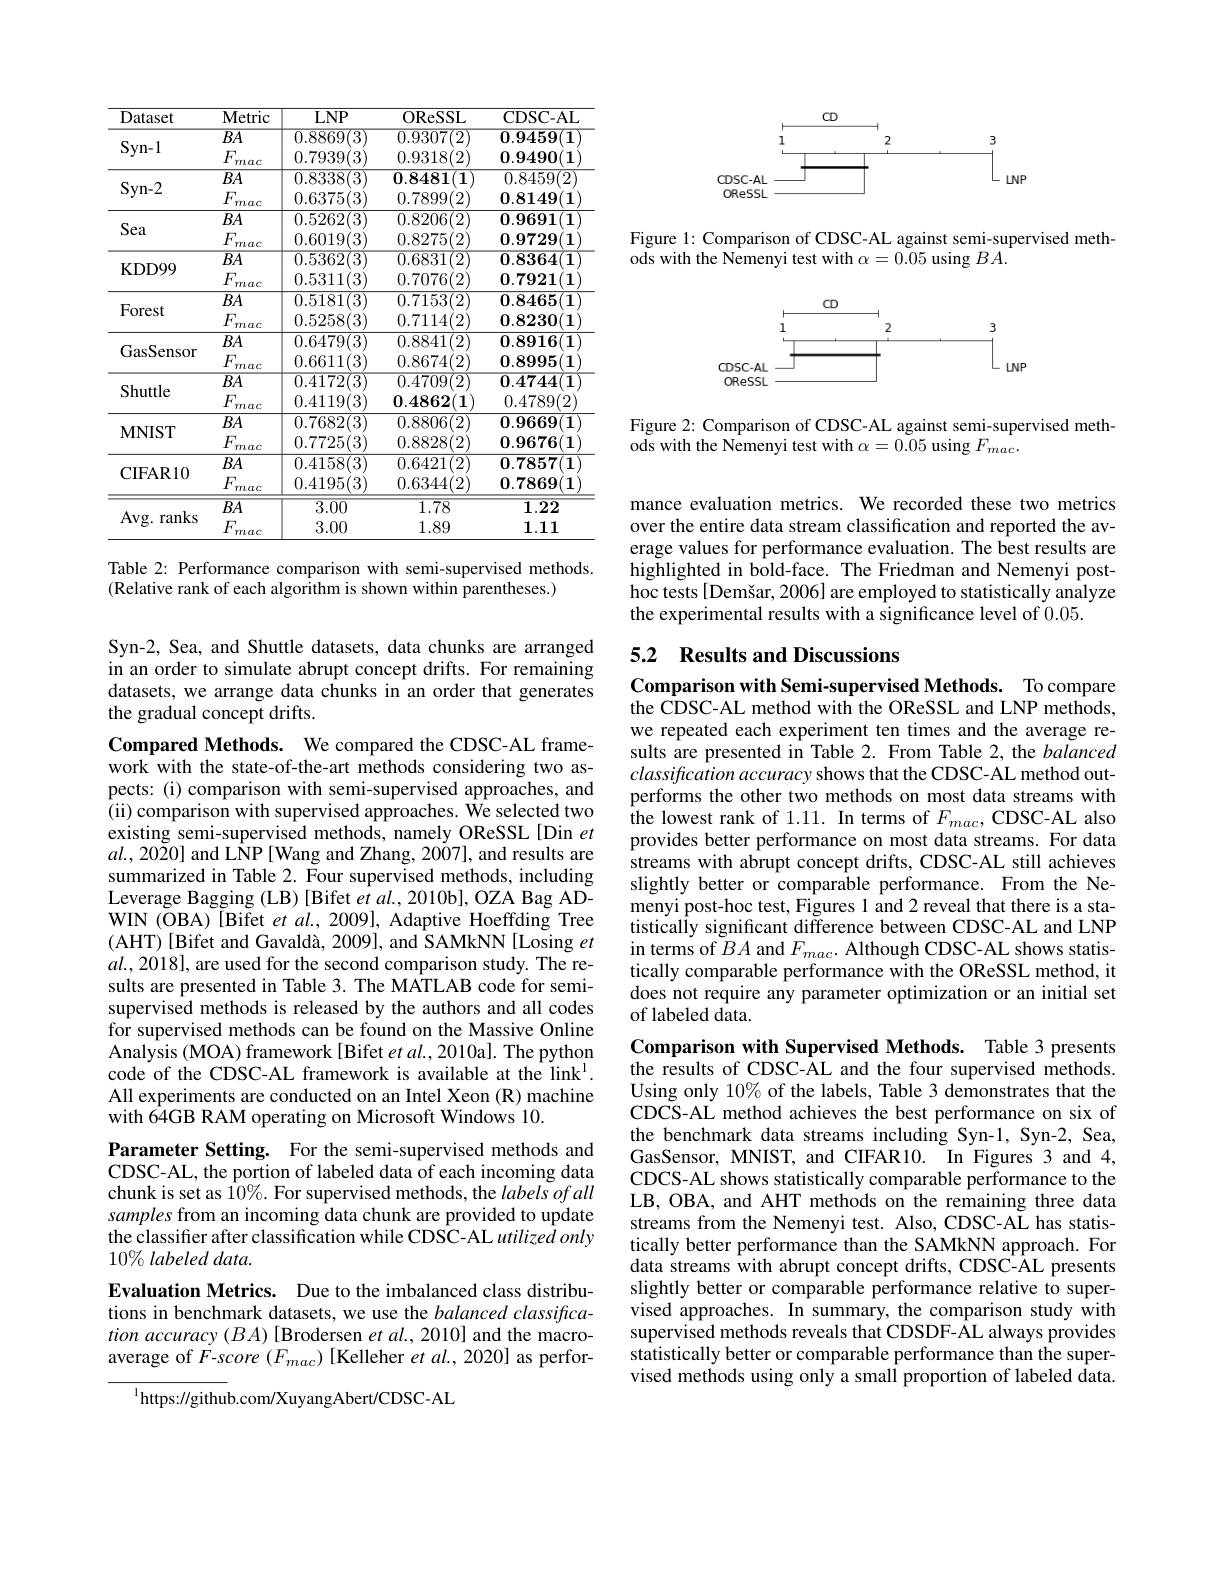
<table>
	<tbody>
		<tr>
			<th>Dataset</th>
			<th>Metric</th>
			<th>$LNP$</th>
			<th>OReSSL</th>
			<th>CDSC- AL</th>
		</tr>
		<tr>
			<td rowspan="3">$Syn-1$</td>
			<td>$\overline{BA}$</td>
			<td>$\overline{0.8869(3)}$</td>
			<td>0.9307(2)</td>
			<td>$\mathbf{0.9459(1}$</td>
		</tr>
		<tr>
			<td>$\overline{BA}$ $F_{mac}$</td>
			<td>$\overline{0.8869(3)}$ 0.7939(3)</td>
			<td>$\overline{0.9307(2)}$ 0.9318(2)</td>
			<td>$\mathbf{0.9459(1}$ $\mathbf{0}.9490(\mathbf{1}$</td>
		</tr>
		<tr>
			<td>$F$ mac</td>
			<td>0.7939(3)</td>
			<td>0.9318(2)</td>
			<td>0.9490(1</td>
		</tr>
		<tr>
			<td rowspan="2">$Syn-2$</td>
			<td>$\overline{BA}$</td>
			<td>0.8338(3)</td>
			<td>$\mathbf{0}.\boldsymbol{8}4\boldsymbol{8}1(1)$</td>
			<td>0.8459(2)</td>
		</tr>
		<tr>
			<td>$F$ mac</td>
			<td>0.6375(3)</td>
			<td>0.7899(2)</td>
			<td>$\mathbf{0.8149(1}$</td>
		</tr>
		<tr>
			<td rowspan="2">Sea</td>
			<td>$BA$</td>
			<td>0.5262(3)</td>
			<td>0.8206(2)</td>
			<td>$\mathbf{0.9691(1}$</td>
		</tr>
		<tr>
			<td>$F$ mac</td>
			<td>0.6019(3)</td>
			<td>0.8275(2)</td>
			<td>0.9729(1</td>
		</tr>
		<tr>
			<td rowspan="2">KDD99</td>
			<td>$\overline{BA}$</td>
			<td>$\overline{0.5362(3}$</td>
			<td>$\overline{0.6831(2)}$</td>
			<td>$\mathbf{0.8364(1}$</td>
		</tr>
		<tr>
			<td>$F$ mac</td>
			<td>0.5311(3)</td>
			<td>0.7076(2)</td>
			<td>0.7921(1</td>
		</tr>
		<tr>
			<td rowspan="2">Forest</td>
			<td>$BA$</td>
			<td>0.5181(3)</td>
			<td>0.7153(2)</td>
			<td>$\mathbf{0.8465}(\mathbf{1}$</td>
		</tr>
		<tr>
			<td>$F_{1}$ mac</td>
			<td>0.5258(3)</td>
			<td>0.7114(2)</td>
			<td>0.8230(1</td>
		</tr>
		<tr>
			<td rowspan="2">GasSensor</td>
			<td>$BA$</td>
			<td>0.6479(3)</td>
			<td>0.8841(2)</td>
			<td>$\mathbf{0.8916(1}$</td>
		</tr>
		<tr>
			<td>$F_{r}$ mac</td>
			<td>0.6611(3)</td>
			<td>0.8674(2)</td>
			<td>$\mathbf{0}.8995$ 5(1</td>
		</tr>
		<tr>
			<td rowspan="2">Shuttle</td>
			<td>$\overline{BA}$</td>
			<td>$\overline{0.4172(3)}$</td>
			<td>$\overline{0.4709(2)}$</td>
			<td>$\overline{\mathbf{0}.4744(1)}$</td>
		</tr>
		<tr>
			<td>$F_{r}$ mac</td>
			<td>0.4119(3)</td>
			<td>0.4862(1)</td>
			<td>0.4789(2)</td>
		</tr>
		<tr>
			<td rowspan="2">$\mathbf{MNIST}$</td>
			<td>$BA$</td>
			<td>0.7682(3)</td>
			<td>0.8806(2)</td>
			<td>0.9669(1</td>
		</tr>
		<tr>
			<td>$F_{r}$ mac</td>
			<td>0.7725(3)</td>
			<td>0.8828(2)</td>
			<td>$\mathbf{0}.9676(\mathbf{1}$</td>
		</tr>
		<tr>
			<td rowspan="2">CIFAR10</td>
			<td>$BA$</td>
			<td>0.4158(3)</td>
			<td>0.6421(2)</td>
			<td>0.7857(1</td>
		</tr>
		<tr>
			<td>$F_{r}$ mac</td>
			<td>0.4195(3)</td>
			<td>0.6344(2)</td>
			<td>$\mathbf{0.7869(1}$</td>
		</tr>
		<tr>
			<td rowspan="2">Avg. ranks</td>
			<td>$\overline{BA}$</td>
			<td>$\overline{3.00}$</td>
			<td>$\overline{1.78}$</td>
			<td>$\overline{1.22}$</td>
		</tr>
		<tr>
			<td>$F_{1}$ mac</td>
			<td>3.00</td>
			<td>1.89</td>
			<td>1.11</td>
		</tr>
	</tbody>
</table>

Table 2: Performance comparison with semi-supervised methods.
(Relative rank of each algorithm is shown within parentheses.)

Syn-2, Sea, and Shuttle datasets, data chunks are arranged in an order to simulate abrupt concept drifts. For remaining datasets, we arrange data chunks in an order that generates the gradual concept drifts.

Compared Methods. We compared the CDSC-AL framework with the state-of-the-art methods considering two aspects: (i) comparison with semi-supervised approaches, and (ii) comparison with supervised approaches. We selected two existing semi-supervised methods, namely OReSSL[Din $et$ $al.,2020]$ and LNP[Wang and Zhang, 2007], and results are summarized in Table 2. Four supervised methods, including Leverage Bagging (LB) [Bifet et al., 2010b], OZA Bag ADWIN (OBA) [Bifet et al., 2009], Adaptive Hoeffding Tree (AHT)[Bifet and Gavaldà, 2009], and SAMkNN[Losing $et$ $al.,2018]$, are used for the second comparison study. The results are presented in Table 3. The MATLAB code for semisupervised methods is released by the authors and all codes for supervised methods can be found on the Massive Online Analysis (MOA) framework [Bifet et al., 2010a]. The python code of the CDSC-AL framework is available at the link$^{1}.$ All experiments are conducted on an Intel Xeon (R) machine with 64GB RAM operating on Microsoft Windows 10.

Parameter Setting. For the semi-supervised methods and

CDSC-AL, the portion of labeled data of each incoming data

chunk is set as $10\%.$ For supervised methods, the labelsofall

samples from an incoming data chunk are provided to update

the classifier after classification while CDSC-AL utilized only

10% labeled data.

Evaluation Metrics. Due to the imbalanced class distribu-

tions in benchmark datasets, we use the balanced classifica-

tion accuracy $(BA)$ [Brodersen et al., 2010] and the macro-

average of $F$-score $(F_mac)$ [Kelleher $et\textit{al. , 2020] as perfor- }$

$^{1}$https://github.com/XuyangAbert/CDSC-AL

<FigureHere>

Figure 1: Comparison of CDSC-AL against semi-supervised meth-
ods with the Nemenyi test with $\alpha=0.05$ using $BA.$

<FigureHere>

Figure 2: Comparison of CDSC-AL against semi-supervised meth-
ods with the Nemenyi test with $\alpha=0.05$ using $F_mac.$

mance evaluation metrics. We recorded these two metrics over the entire data stream classification and reported the average values for performance evaluation. The best results are highlighted in bold-face. The Friedman and Nemenyi posthoc tests [Demšar, 2006] are employed to statistically analyze the experimental results with a significance level of 0.05.

## 5.2 Results and Discussions

Comparison with Semi-supervised Methods. To compare the CDSC-AL method with the OReSSL and LNP methods, we repeated each experiment ten times and the average results are presented in Table 2. From Table 2, the balanced classification accuracy shows that the CDSC-AL method outperforms the other two methods on most data streams with the lowest rank of 1.11. In terms of $F_{mac}$, CDSC-AL also provides better performance on most data streams. For data streams with abrupt concept drifts, CDSC-AL still achieves slightly better or comparable performance. From the Nemenyi post-hoc test, Figures 1 and 2 reveal that there is a statistically significant difference between CDSC-AL and LNP in terms of $BA$ and $F_{mac}.$ Although CDSC-AL shows statistically comparable performance with the OReSSL method, it does not require any parameter optimization or an initial set of labeled data.

Comparison with Supervised Methods. Table 3 presents the results of CDSC-AL and the four supervised methods. Using only 10% of the labels, Table 3 demonstrates that the CDCS-AL method achieves the best performance on six of the benchmark data streams including Syn-1, Syn-2, Sea, GasSensor, MNIST, and CIFAR10. In Figures 3 and 4, CDCS-AL shows statistically comparable performance to the LB, OBA, and AHT methods on the remaining three data streams from the Nemenyi test. Also, CDSC-AL has statistically better performance than the SAMkNN approach. For data streams with abrupt concept drifts, CDSC-AL presents slightly better or comparable performance relative to supervised approaches. In summary, the comparison study with supervised methods reveals that CDSDF-AL always provides statistically better or comparable performance than the supervised methods using only a small proportion of labeled data.